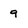
Character: 9